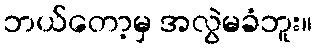
ဘယ်တော့မှ အလွဲမခံဘူး။